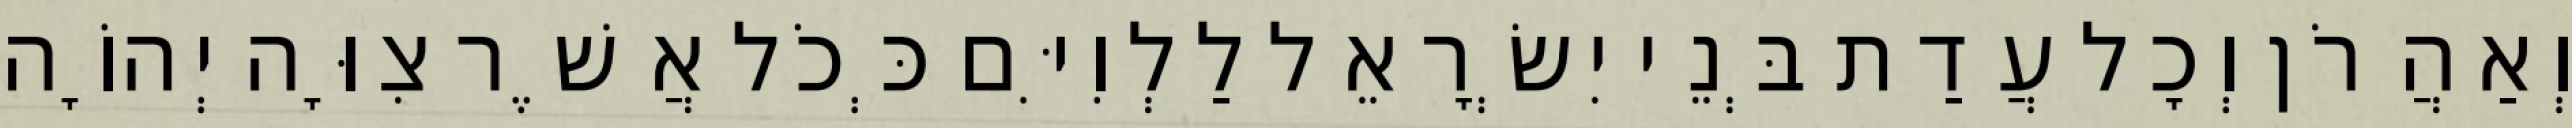
וְאַהֲרֹן וְכָל עֲדַת בְּנֵי יִשְׂרָאֵל לַלְוִיִּם כְּכֹל אֲשֶׁר צִוָּה יְהוָֹה